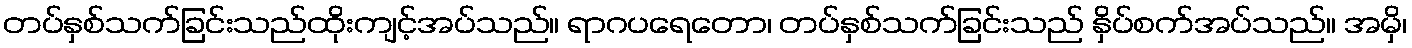
တပ်နှစ်သက်ခြင်းသည်ထိုးကျင့်အပ်သည်။ ရာဂပရေတော၊ တပ်နှစ်သက်ခြင်းသည် နှိပ်စက်အပ်သည်။ အမှိ၊